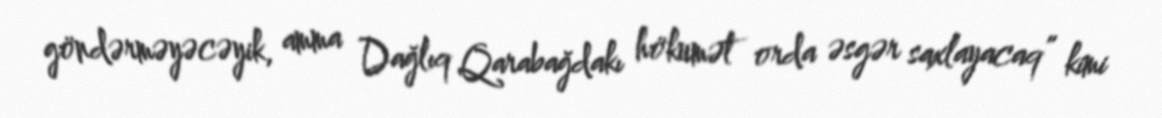
göndərməyəcəyik, amma Dağlıq Qarabağdakı hökumət orda əsgər saxlayacaq” kimi